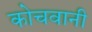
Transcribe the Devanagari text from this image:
कोचवानी